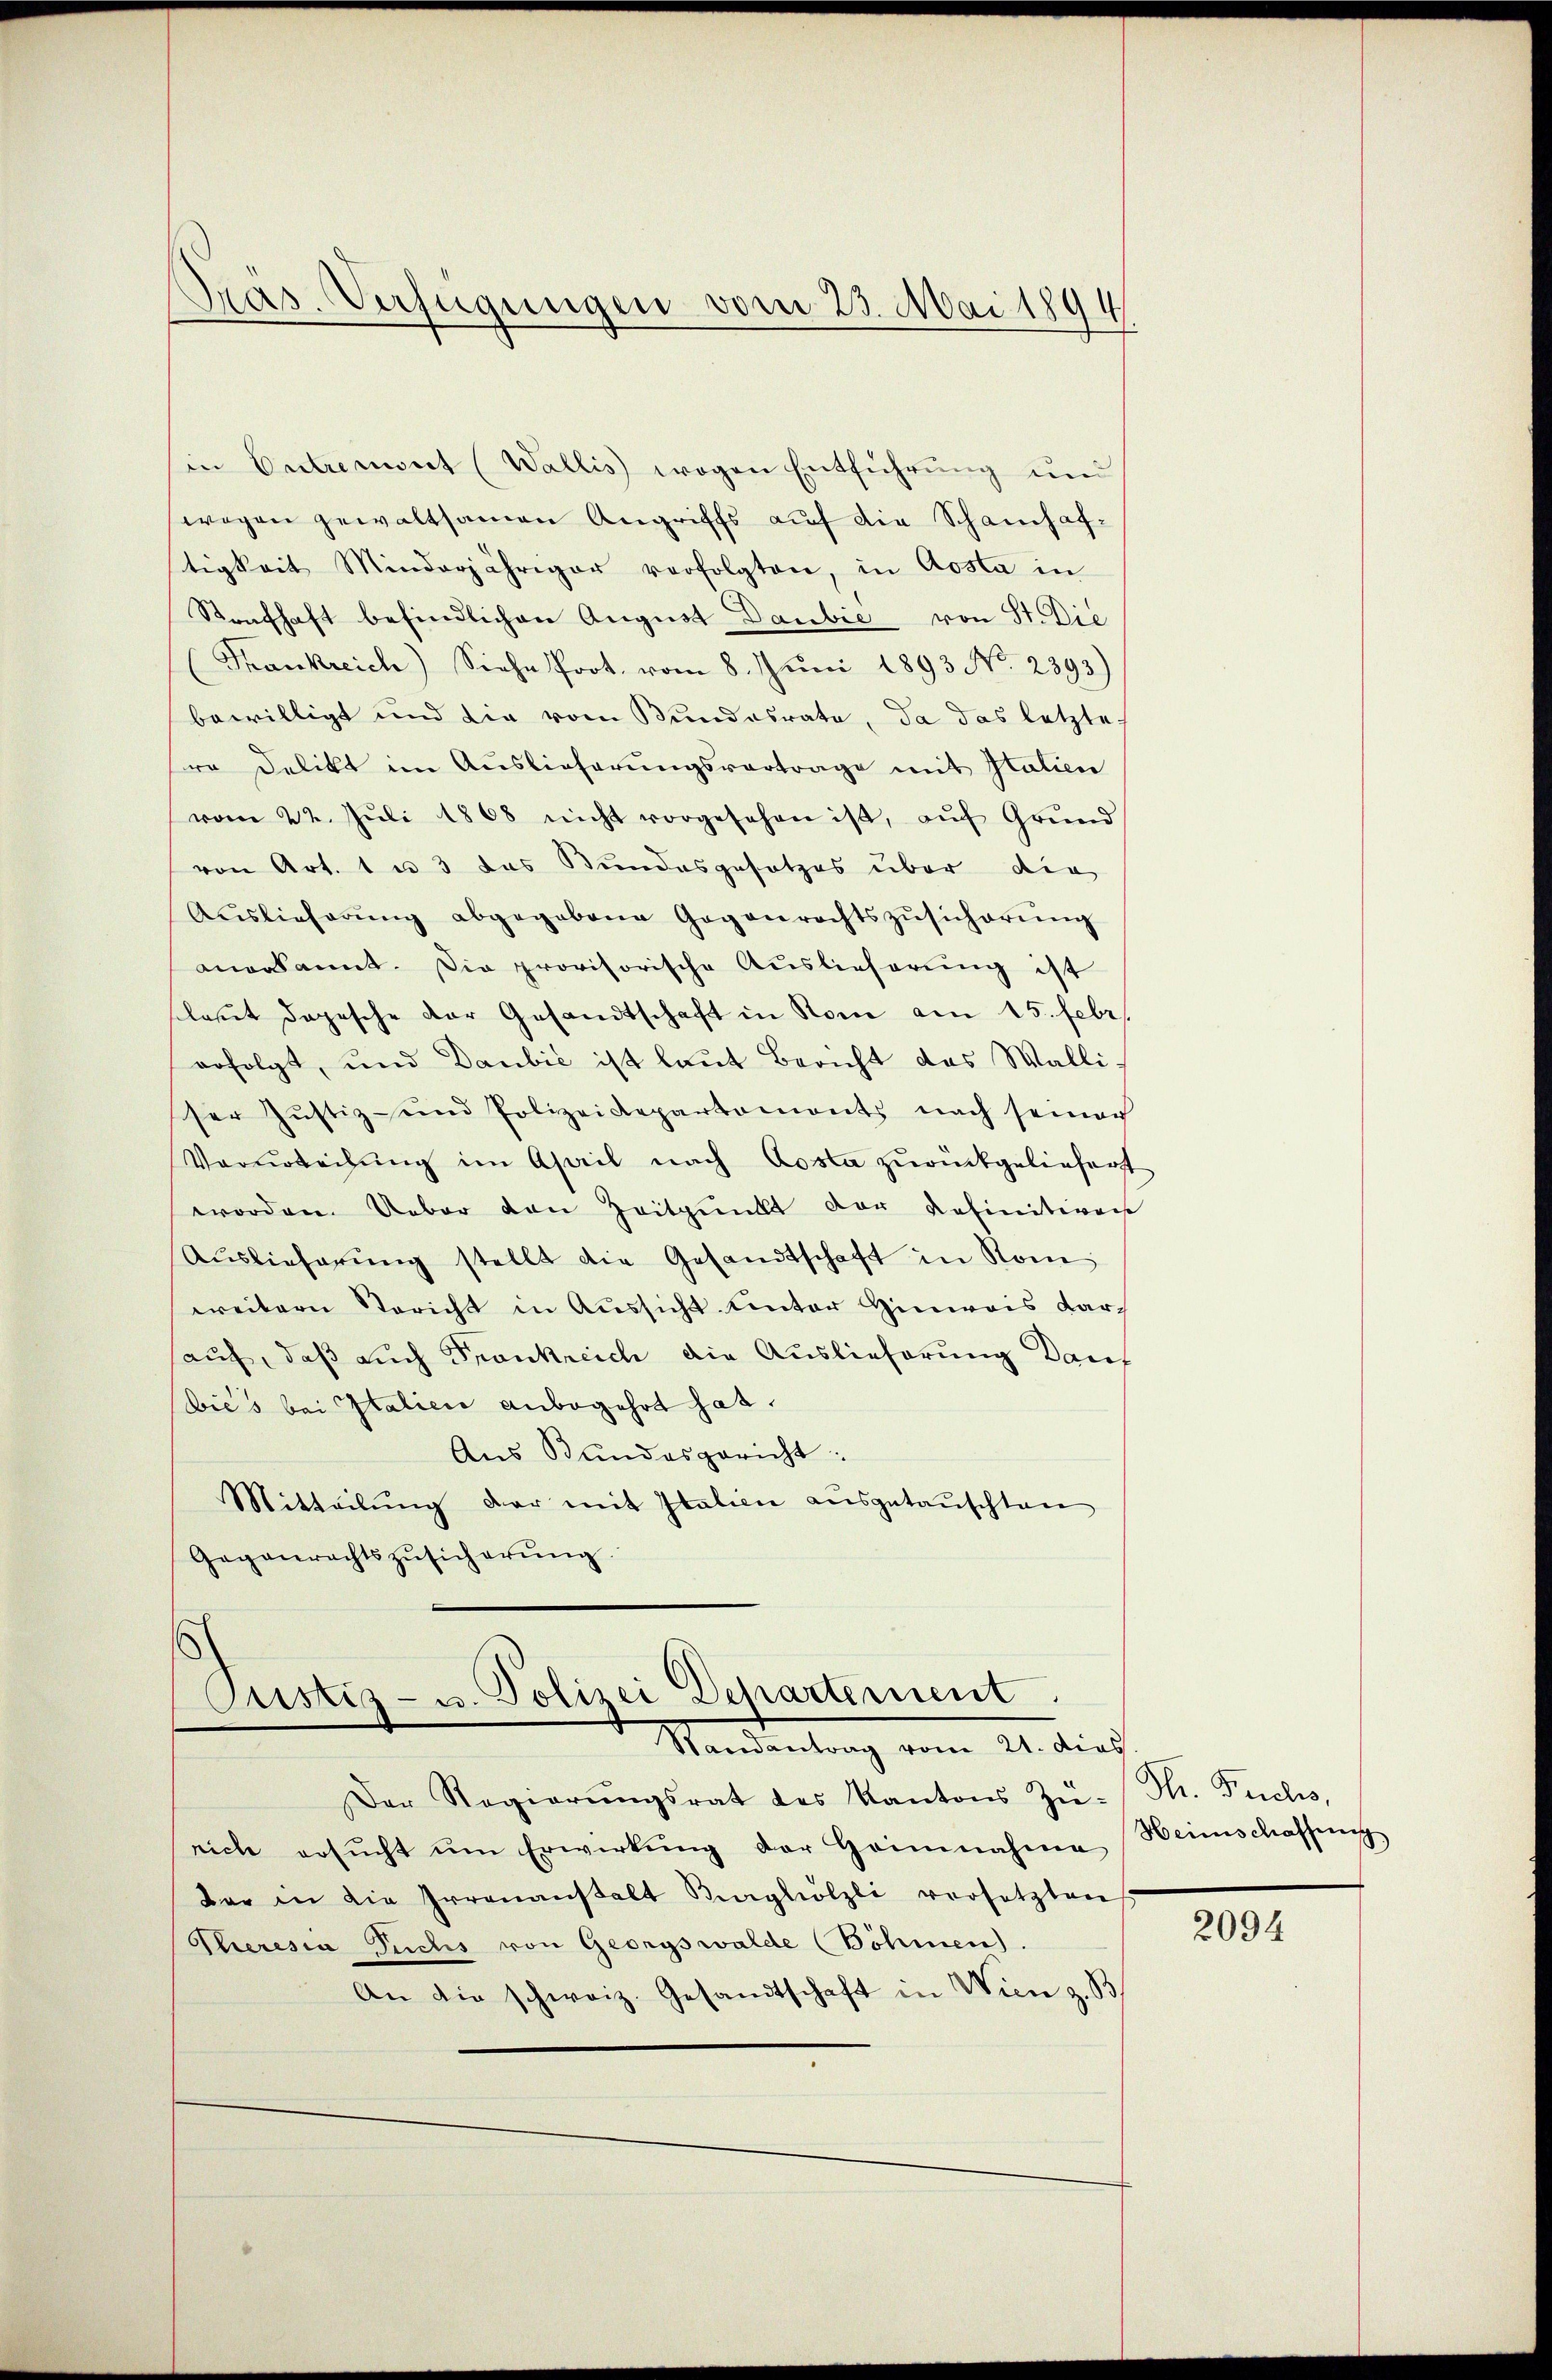
Präs. Verfügungen vom 23. Mai 1894

in Entremont (Wallis) wogen Entführung und
wegen gewaltsamen Angriffs auf die Schanhaftigkeit Minderjähriger verfolgten, in Aosta in
Strafhaft befindlichen August Danbie von St. Die
Frankreich) Siehe Prot. vom 8. Jŭni 1893 No 2393)
bewilligt und die vom Bundesrate, da das letzte-
ro delikt im Auslieferungsvertrage mit Italien
vom 22. Jŭli 1868 nicht vorgesehen ist, aŭf Grŭnd
von Art. 1 u. 3 das Bundesgesetzes über die
Auslieferŭng abgegebene Gegenrechtszŭsicherŭng
anerkannt. Die provisorische Auslieferung ist
sclaßet dopesche der Gesandtschaft in Rom am 15. Febr.
erfolgt, und Daubić ist laut Bericht das Walli-
ser Justiz- und Polizeidepartamonts nach seiner
Vorurteilung im April nach Aosta zurückgeliefert
worden. Ueber den Zeitpunkt der definitiven
Aŭslieferŭng stellt die Gesandtschaft in Rome
weitern Bericht in Aussicht. Unter Hinweis dar
auf, daß auch Frankreich die Auslieferung auf
bić's bei Italien anbegehrt hat.
Aus Bundesgericht:
Mitteilŭng der mit Italien aŭsgetauschten
Gegenrechtszŭsicherŭng.

Cristiz- u. Polizei Departement
Randantrag vom 21. dies

Der Regierŭngsrat des Kantons Zŭ-Th. Fuchs,
nich ersŭcht ŭm Erwirkŭng der Heinnahme Heimschaffŭng
dar in die Irrenanstalt Burghölzli versetzten
Theresia Puchs von Georgswalde (Böhmen).
An die schweiz. Gesandtschaft in Wien z. B.

2094